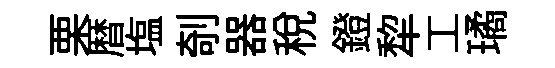
栗暦塩剞器稅鐙犂工璚